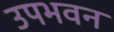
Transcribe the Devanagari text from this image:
उपभवन